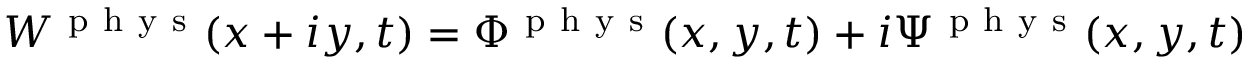
W ^ { \mathrm { ~ p ~ h ~ y ~ s ~ } } ( x + i y , t ) = \Phi ^ { \mathrm { ~ p ~ h ~ y ~ s ~ } } ( x , y , t ) + i \Psi ^ { \mathrm { ~ p ~ h ~ y ~ s ~ } } ( x , y , t )